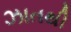
ઝાતથી